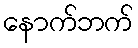
နောက်ဘက်